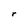
Character: r